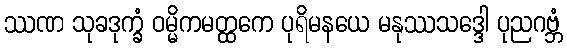
ဿဏ သုခဒုက္ခံ ဝမ္မိကမတ္ထကေ ပုရိမနယေ မနုဿသဒ္ဒေါ ပုညဂဗ္ဘံ